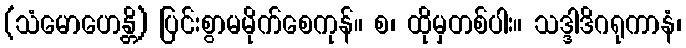
(သံမောဟေန္တိ) ပြင်းစွာမမိုက်စေကုန်။ စ၊ ထိုမှတစ်ပါး။ သဒ္ဒါဒိဂရုကာနံ၊